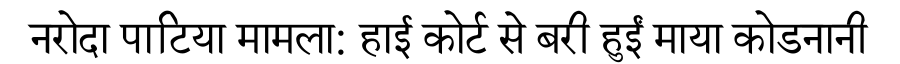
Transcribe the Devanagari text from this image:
नरोदा पाटिया मामला: हाई कोर्ट से बरी हुईं माया कोडनानी